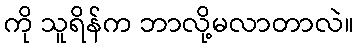
ကို သူရိန်က ဘာလို့မလာတာလဲ။